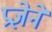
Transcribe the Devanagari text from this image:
प्रज्ञेने